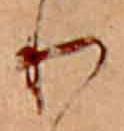
り